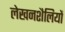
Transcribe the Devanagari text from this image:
लेखनशैलियों